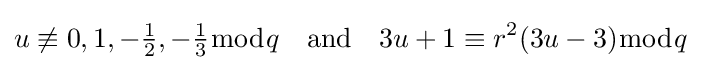
u\not \equiv 0,1,-{\tfrac {1}{2}},-{\tfrac {1}{3}}{\bmod {q}}\quad {\text{and}}\quad 3u+1\equiv r^{2}(3u-3){\bmod {q}}